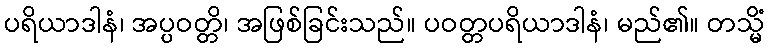
ပရိယာဒါနံ၊ အပ္ပဝတ္တိ၊ အဖြစ်ခြင်းသည်။ ပဝတ္တပရိယာဒါနံ၊ မည်၏။ တသ္မိံ